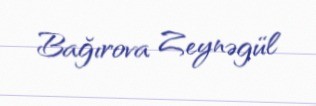
Bağırova Zeynəgül